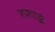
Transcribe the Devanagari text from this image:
शशाङ्क